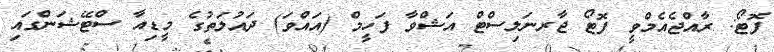
ފޮޓޯ: ރާއްޖެއެމްވީ ފޮޓޯ ޖާރނަލިސްޓް އަޝްވާ ފަހީމް (އައްވަ) ދައުލަތުގެ މީޑިއާ ސްޓޭޝަންގައި